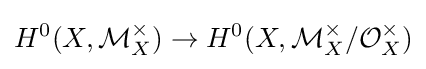
H^{0}(X,{\mathcal {M}}_{X}^{\times })\to H^{0}(X,{\mathcal {M}}_{X}^{\times }/{\mathcal {O}}_{X}^{\times })